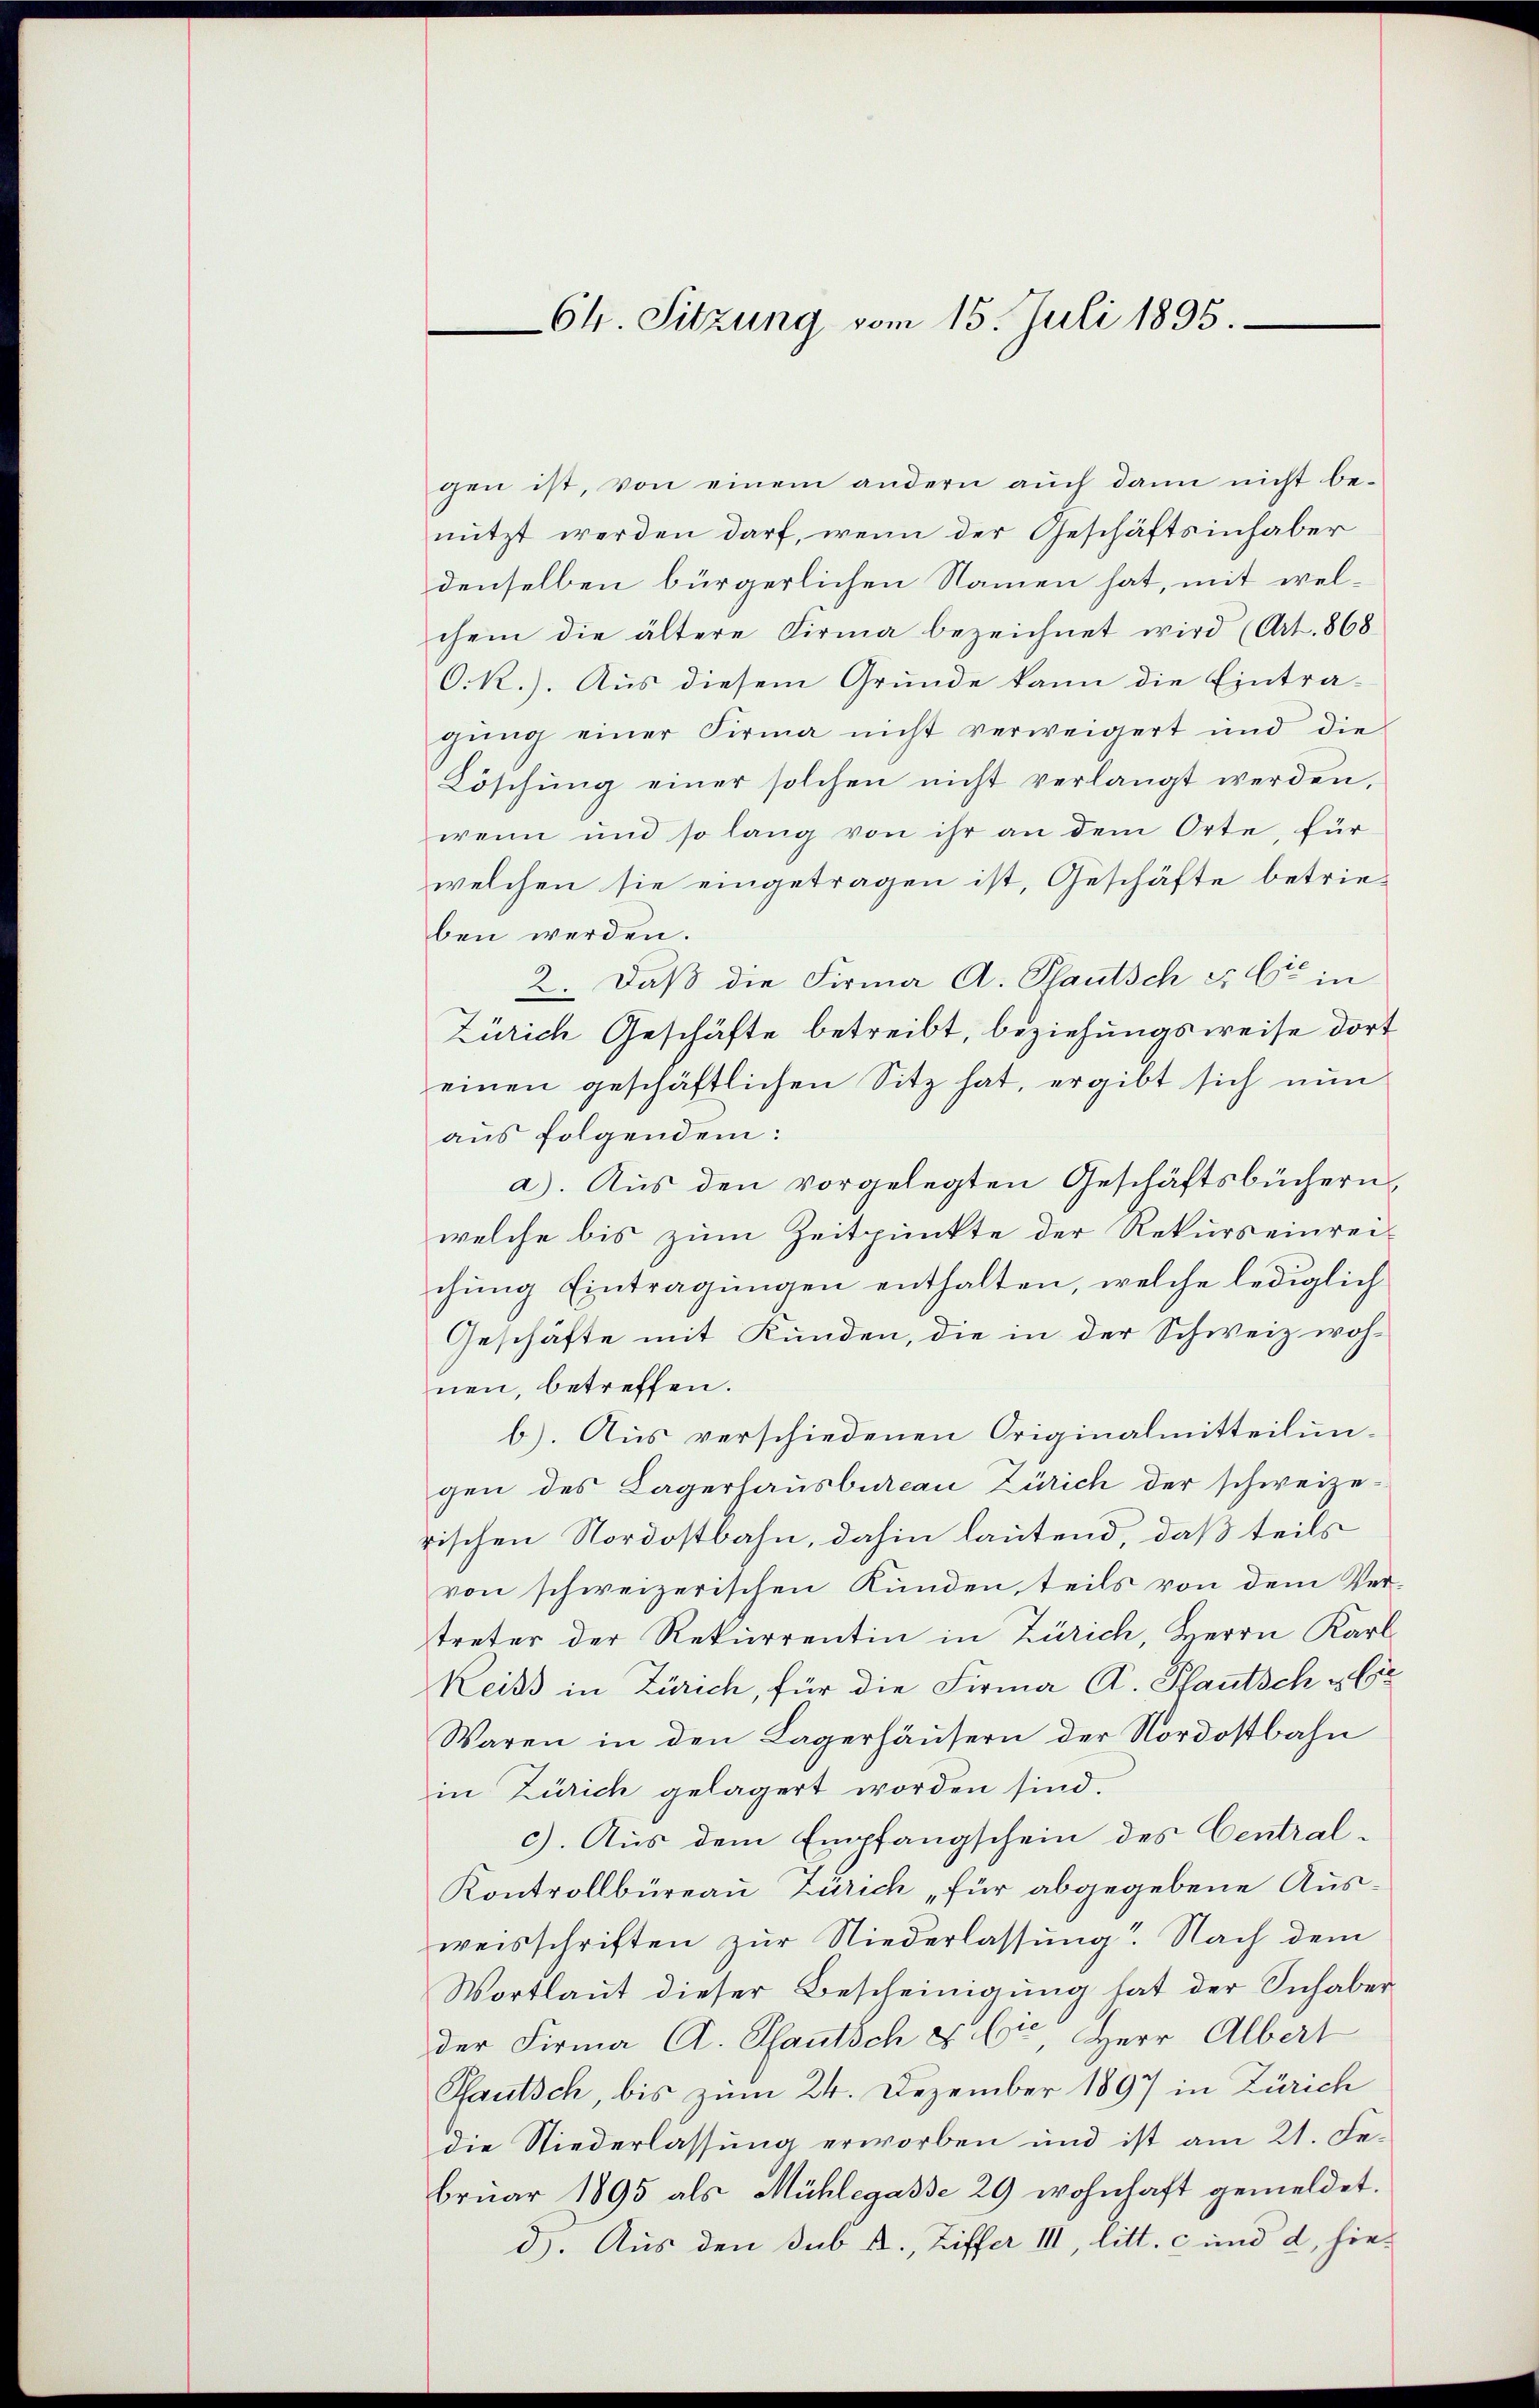
64. Sitzung vom 15. Juli 1895.

gen ist, von einem andern aŭch dann nicht be-
nutzt werden darf, wenn der Geschäftsinhaber
denselben bürgerlichen Namen hat, mit welchem die ältere Firma bezeichnet wird (Art. 868
O.k.). Aus diesem Grunde kann die Eintra-
gung einer Firma nicht verweigert und die
Löschŭng einer solchen nicht verlangt werden,
wenn und so lang von ihr an dem Orte, für
welchen sie eingetragen ist, Geschäfte betrieben werden.
2. Daß die Firma A. Plautsch u. Cie in
Zürich Geschäfte betreibt, beziehungsweise dort
einen geschäftlichen Sitz hat, ergibt sich nŭn
aus folgendem:
a). Aus den vorgelegten Geschäftsbüchern,
welche bis zum Zeitpunkte der Rekurseinrei-
chung Eintragungen enthalten, welche lediglich
Geschäfte mit Kunden, die in der Schweiz woh-
nen, betreffen.
b). Aus verschiedenen Originalmitteilun-
gen des Lagerhausbureau Zürich der schweizerischen Nordostbahn, dahin lautend, daß teils
von schweizerischen Kunden, teils von dem Ver-
treter der Rekurrentin in Zürich, Herrn Karl
Reiss in Zürich, für die Firma R. Pfautsch & Er
Waren in den Lagerhäŭsern der Nordostbahn
in Zürich gelagert worden sind.
c). Aus dem Empfangschein des Central¬
Kontrollbüreau Zürich „für abgegebene Ausweisschriften zŭr Niederlassŭng. Nach dem
Wortlaut dieser Bescheinigung hat der Sich aber
der Firma A. Pfautsch & Cie, Herr Albert
Hautsch, bis zum 24. Dezember 1897 in Zürich
die Niederlassung erworben und ist am 21. Jebruar 1895 als Mühlegasse 29 wohnhaft gemeldet.
d). Aus den sub A., Ziffer III, litt. c und d. hie¬